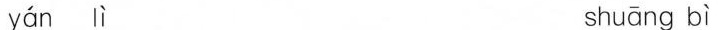
yán l ì shuāng bì